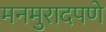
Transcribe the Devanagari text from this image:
मनमुरादपणे